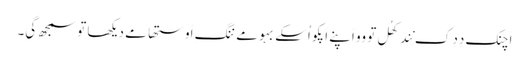
اَچنک دِدِ کِ نِند کھُلِ تو وو اَپنے اَپکو اُسکے بہو مے ننگِ اَوستھا مے دیکھا تو سمجھ گیِ۔